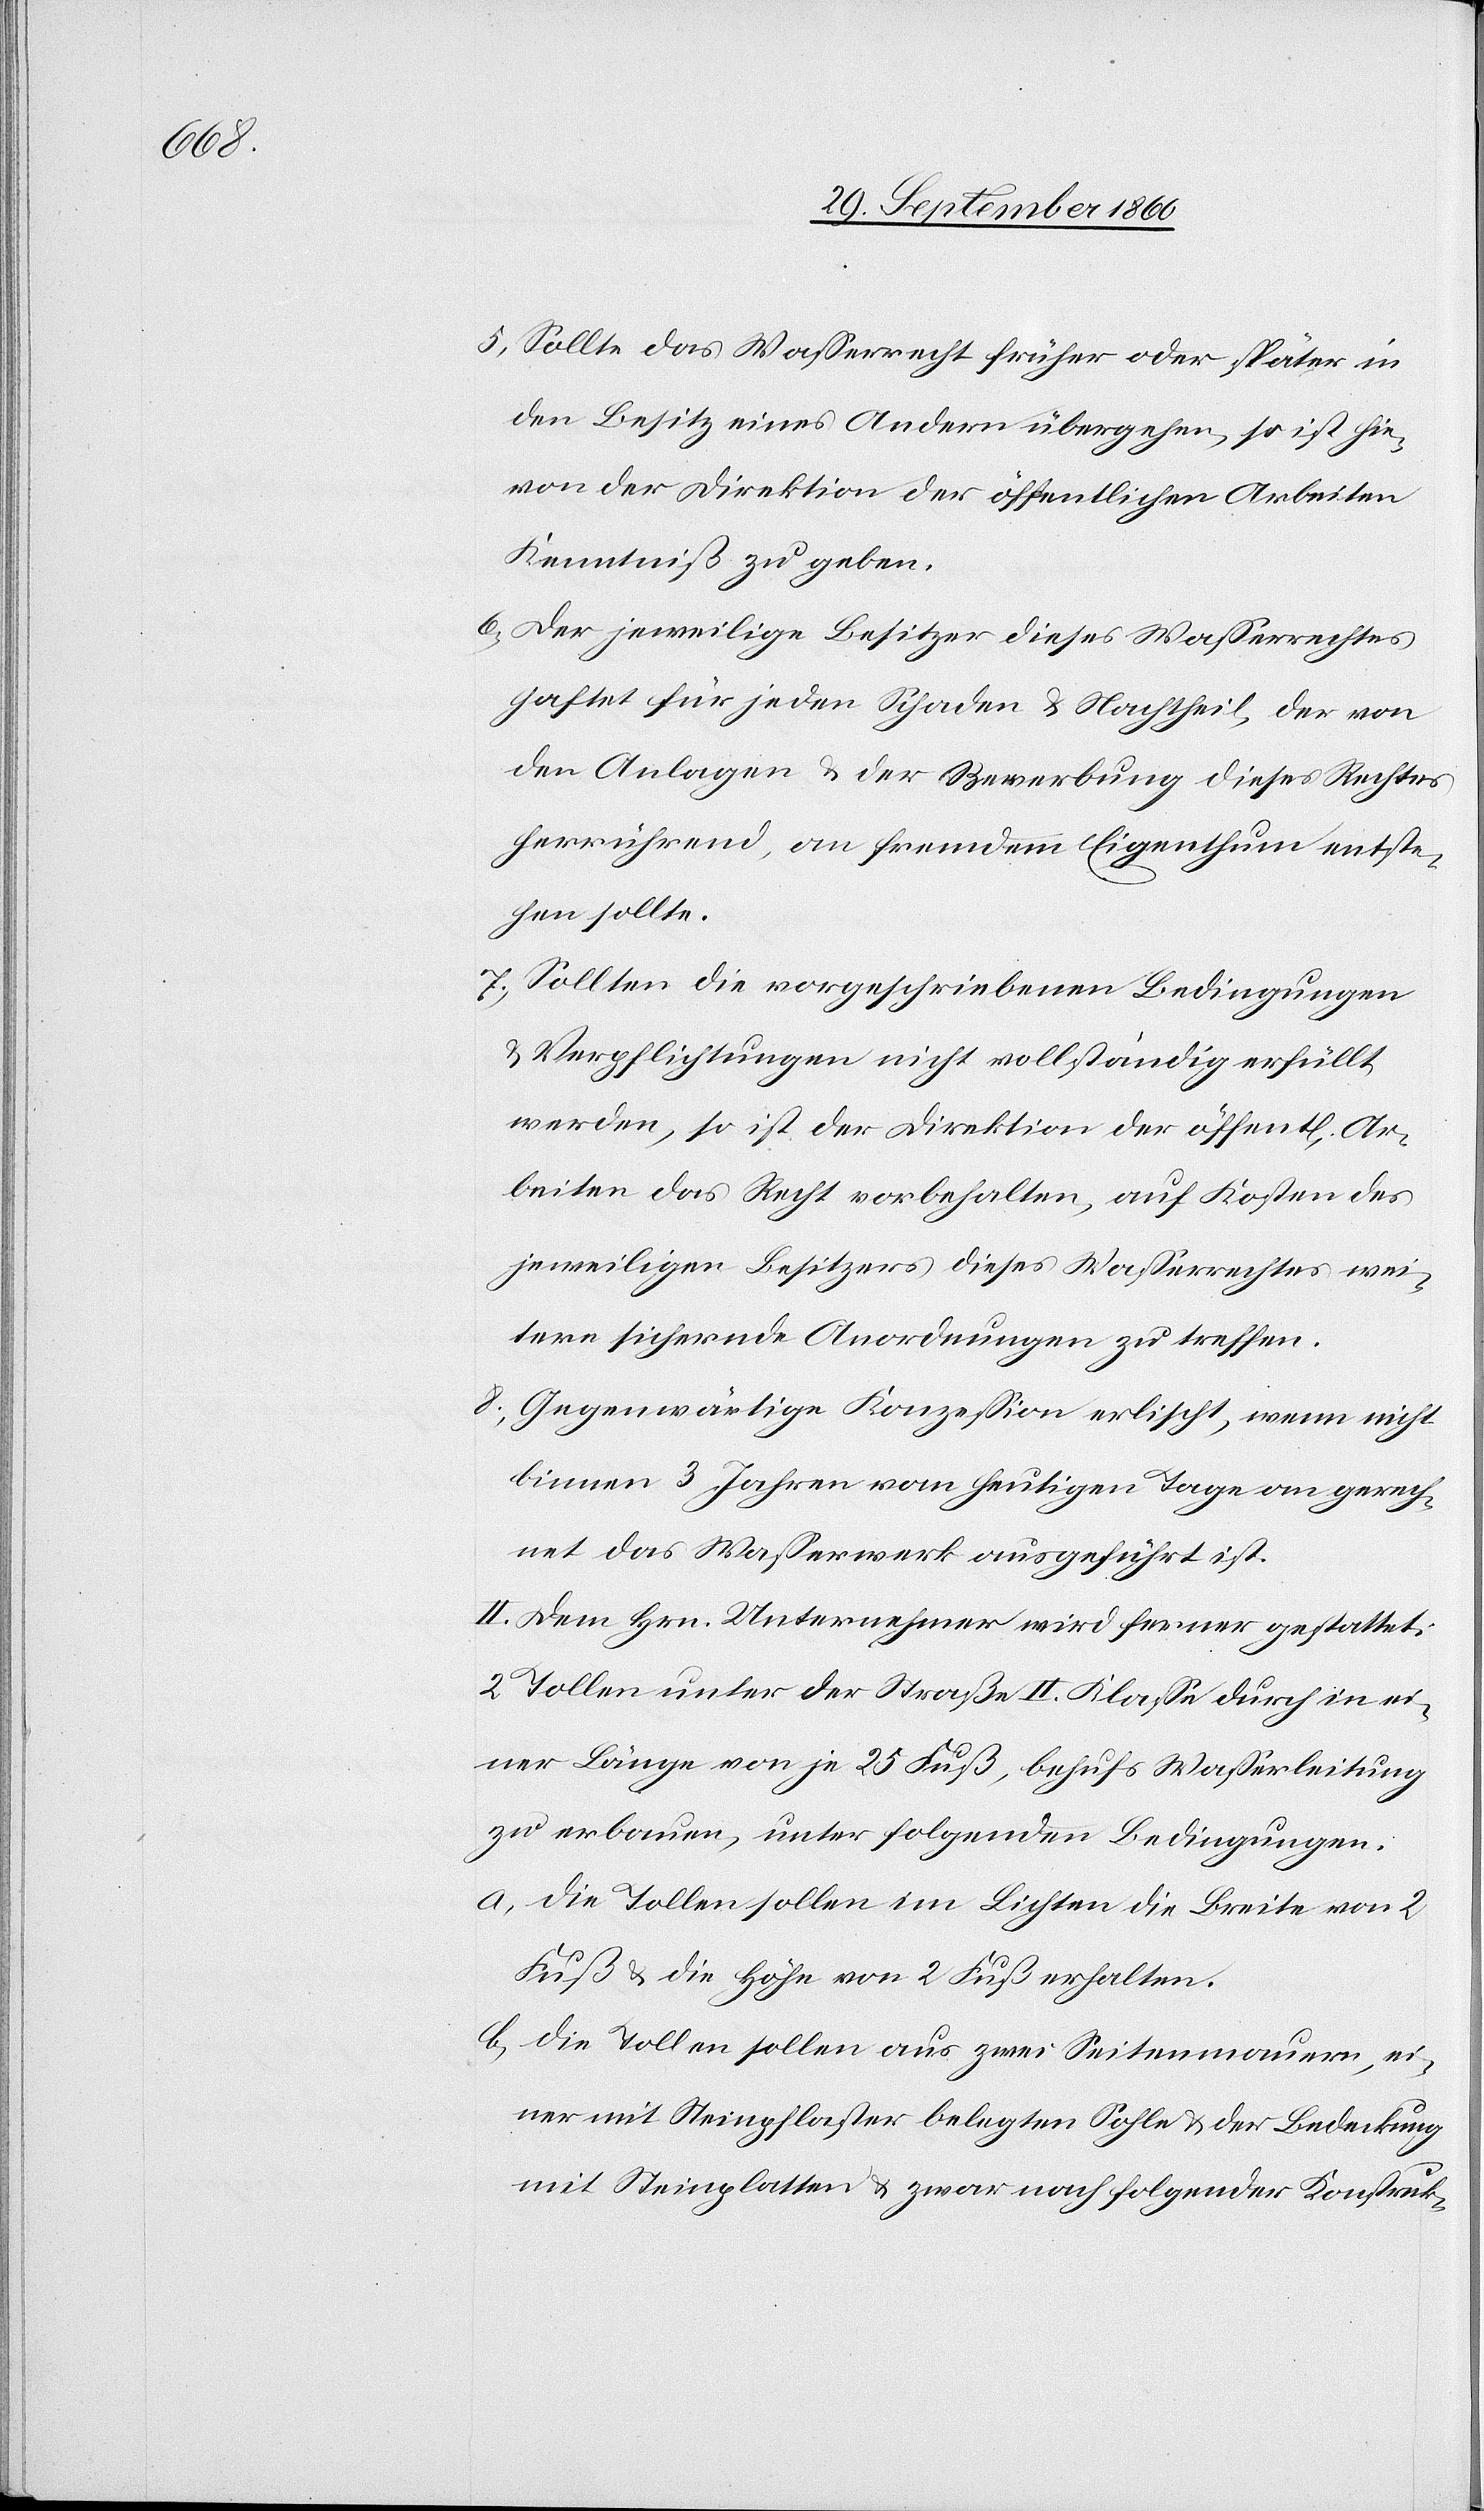
5) Sollte das Wasserrecht früher oder später in
den Besitz eines Andern übergehen, so ist hie¬
von der Direktion der öffentlichen Arbeiten
Kenntniß zu geben.
6) Der jeweilige Besitzer dieses Wasserrechtes
haftet für jeden Schaden u. Nachtheil, der von
den Anlagen u. der Bewerbung dieses Rechtes
herrührend, an fremdem Eigenthum entste¬
hen sollte.
7) Sollten die vorgeschriebenen Bedingungen
u. Verpflichtungen nicht vollständig erfüllt
werden, so ist der Direktion der öffentl. Ar¬
beiten das Recht vorbehalten, auf Kosten des
jeweiligen Besitzers dieses Wasserrechtes wei¬
tere sichernde Anordnungen zu treffen.
8) Gegenwärtige Konzession erlischt, wenn nicht
binnen 3 Jahren vom heutigen Tage an gerech¬
net das Wasserwerk ausgeführt ist.
II. Dem Hrn. Unternehmer wird ferner gestattet:
2 Tollen unter der Straße II. Klasse durch in ei¬
ner Länge von je 25 Fuß, behufs Wasserleitung
zu erbauen, unter folgenden Bedingungen:
a. Die Tollen sollen im Lichten die Breite von 2
Fuß u. die Höhe von 2 Fuß erhalten.
b. Die Tollen sollen aus zwei Seitenmauern, ei¬
ner mit Steinpflaster belegten Sohle u. der Bedeckung
mit Steinplatten u. zwar nach folgender Konstruk-